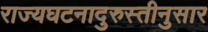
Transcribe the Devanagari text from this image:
राज्यघटनादुरुस्तीनुसार